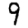
Digit: 9